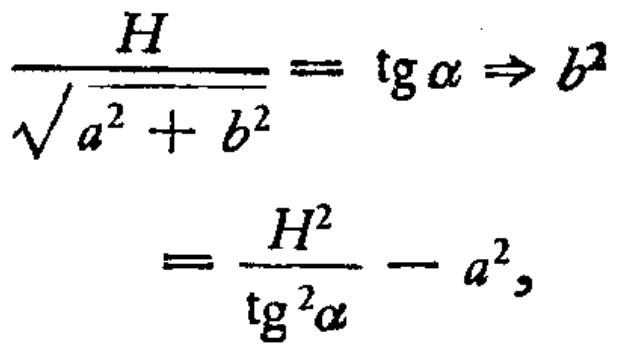
\[
\begin{align*}
\frac{H}{\sqrt{a^{2}+b^{2}}}&=\operatorname{tg}\alpha\Rightarrow b^{2}\\
&=\frac{H^{2}}{\operatorname{tg}^{2}\alpha}-a^{2},
\end{align*}
\]